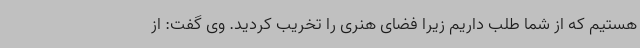
هستیم که از شما طلب داریم زیرا فضای هنری را تخریب کردید. وی گفت: از